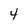
Character: 4